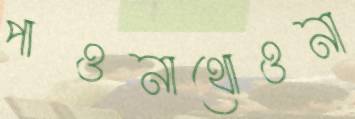
পাওনাথোওনা